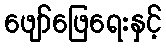
ဖျော်ဖြေရေးနှင့်